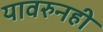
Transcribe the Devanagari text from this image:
यावरुनही